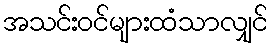
အသင်းဝင်များထံသာလျှင်